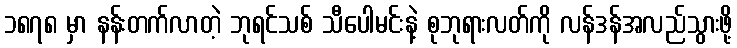
၁၈၇၈ မှာ နန်းတက်လာတဲ့ ဘုရင်သစ် သီပေါမင်းနဲ့ စုဘုရားလတ်ကို လန်ဒန်အလည်သွားဖို့